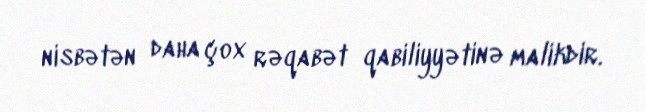
nisbətən daha çox rəqabət qabiliyyətinə malikdir.